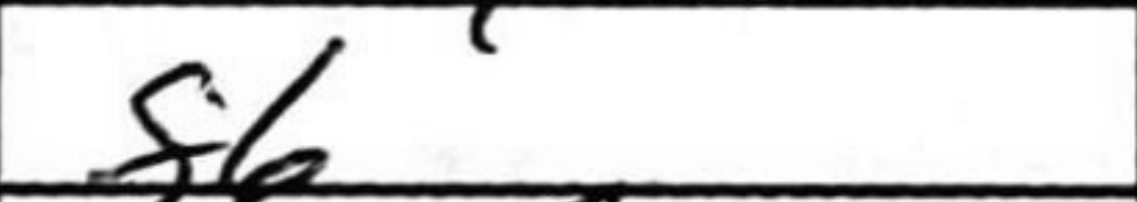
Transcription: f6